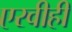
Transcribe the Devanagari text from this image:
एरवीही